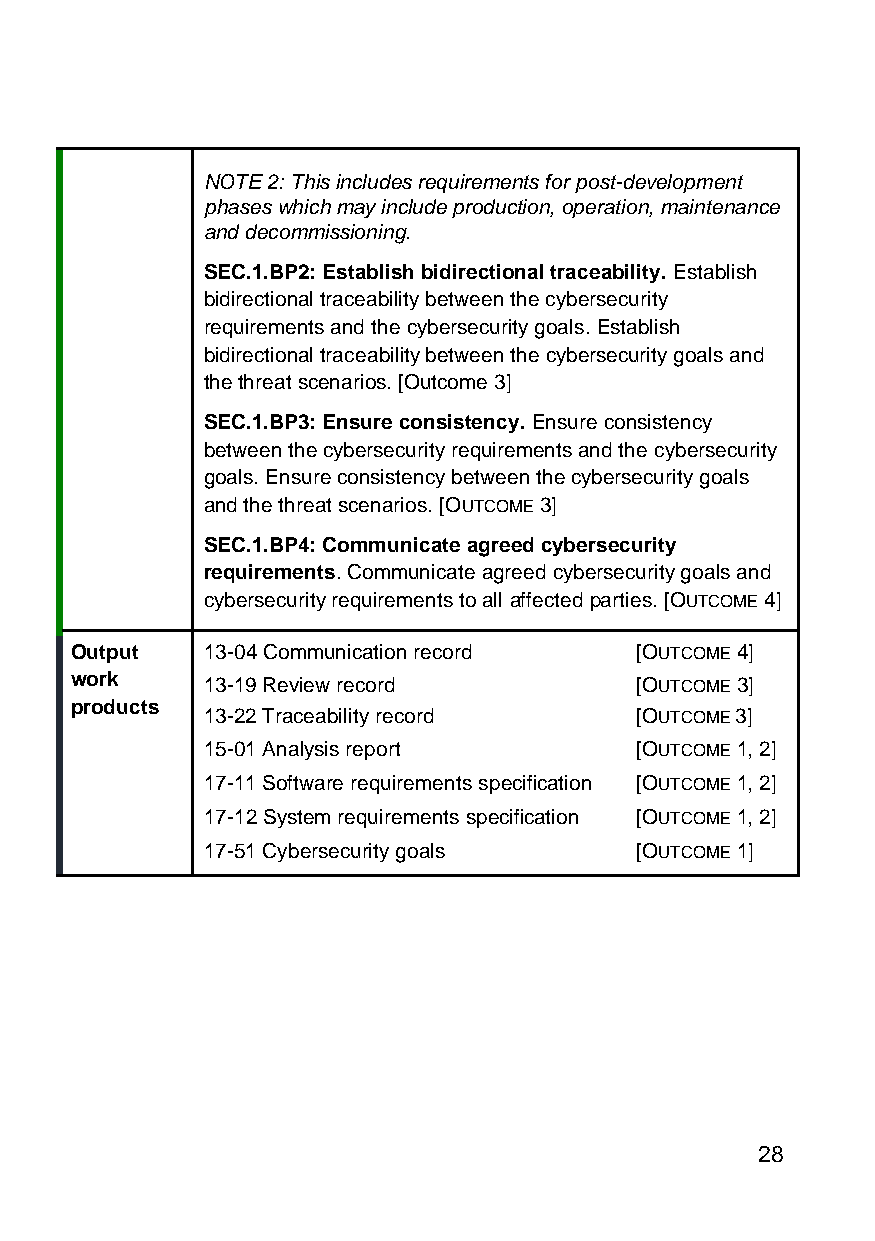
NOTE 2: This includes requirements for post-development
 phases which may include production, operation, maintenance
 and decommissioning.
 SEC.1.BP2: Establish bidirectional traceability. Establish
 bidirectional traceability between the cybersecurity
 requirements and the cybersecurity goals. Establish
 bidirectional traceability between the cybersecurity goals and
 the threat scenarios. [Outcome 3]
 SEC.1.BP3: Ensure consistency. Ensure consistency
 between the cybersecurity requirements and the cybersecurity
 goals. Ensure consistency between the cybersecurity goals
 and the threat scenarios. [OUTCOME 3]
 SEC.1.BP4: Communicate agreed cybersecurity
 requirements. Communicate agreed cybersecurity goals and
 cybersecurity requirements to all affected parties. [OUTCOME 4]
 Output  13-04 Communication record   [OUTCOME 4]
 work    13-19 Review record          [OUTCOME 3]
 products
 13-22 Traceability record    [OUTCOME 3]
 15-01 Analysis report        [OUTCOME 1, 2]
 17-11 Software requirements specification [OUTCOME 1, 2]
 17-12 System requirements specification [OUTCOME 1, 2]
 17-51 Cybersecurity goals    [OUTCOME 1]
 28